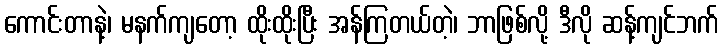
ကောင်းတာနဲ့၊ မနက်ကျတော့ ထိုးထိုးပြီး အန်ကြတယ်တဲ့၊ ဘာဖြစ်လို့ ဒီလို ဆန့်ကျင်ဘက်